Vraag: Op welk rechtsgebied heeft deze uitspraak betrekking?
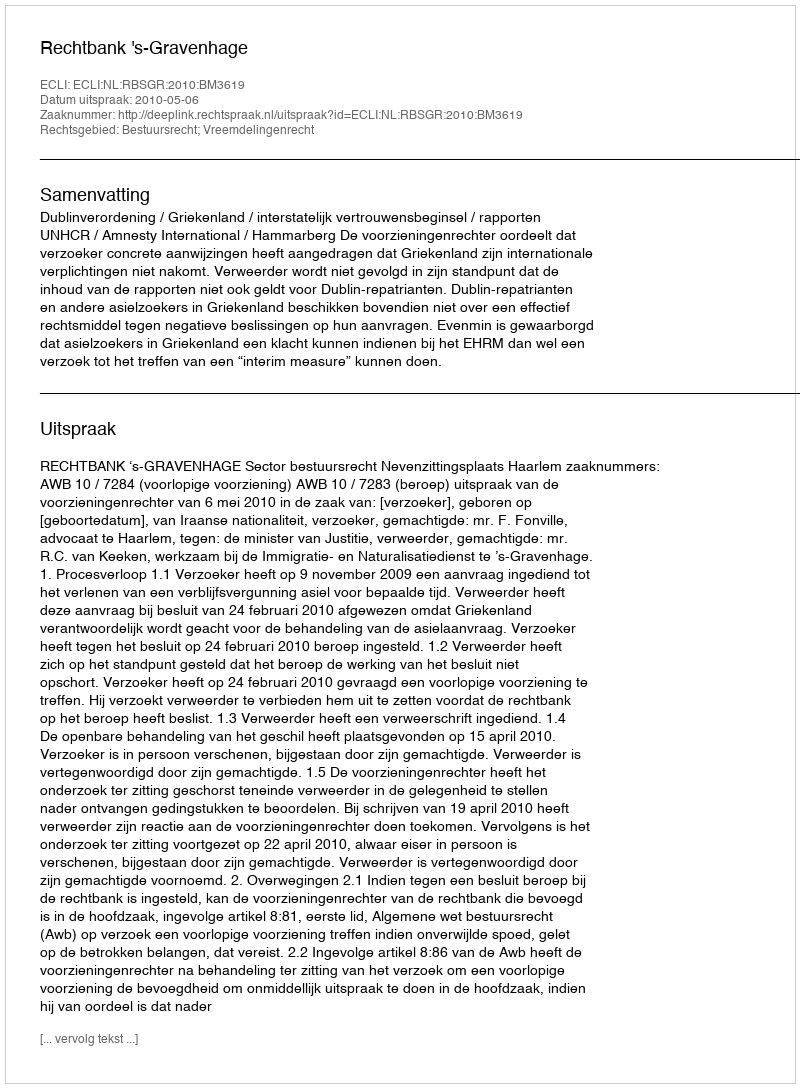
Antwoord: Bestuursrecht; Vreemdelingenrecht